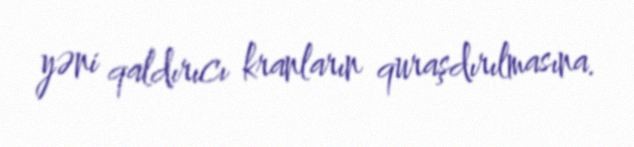
yəni qaldırıcı kranların quraşdırılmasına.